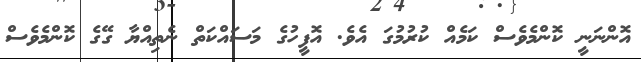
އޮންނަނީ ކޮންމެވެސް ކަމެއް ކުރުމުގަ އެވެ. އޮފީހުގެ މަސައްކަތް ނެތިއްޔާ ގޭގެ ކޮންމެވެސް